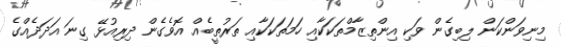
މިނިވަންކަން ލިބިގެން ވަކި އިންތިޒާމްތަކަކާއި ހަމަތަކަކާއި ތަރުތީބެއް އޮވެގެން ދިރިއުޅޭ ގިނަ އަދަދެއްގެ